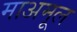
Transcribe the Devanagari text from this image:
माअमूल